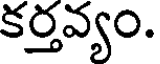
కర్తవ్యం.